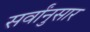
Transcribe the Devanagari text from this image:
सर्वांनुसार